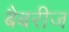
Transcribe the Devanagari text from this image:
बैबरीज